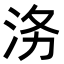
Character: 𭰄